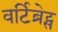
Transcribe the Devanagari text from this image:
वर्टिब्रेट्स